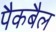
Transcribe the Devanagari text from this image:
पैकबैल